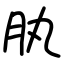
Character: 肒